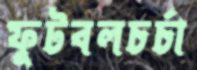
ফুটবলচর্চা